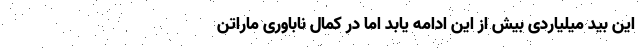
این بید میلیاردی بیش از این ادامه یابد اما در کمال ناباوری ماراتن